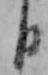
日